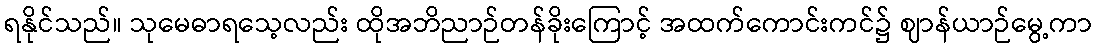
ရနိုင်သည်။ သုမေဓာရသေ့လည်း ထိုအဘိညာဉ်တန်ခိုးကြောင့် အထက်ကောင်းကင်၌ ဈာန်ယာဉ်မွေ့ကာ